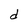
Character: d